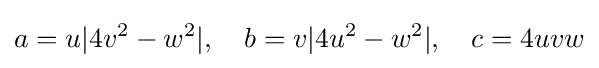
a=u|4v^{2}-w^{2}|,\quad b=v|4u^{2}-w^{2}|,\quad c=4uvw